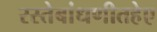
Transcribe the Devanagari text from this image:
रस्तेबांधणीतहेए